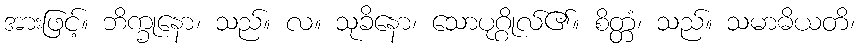
အားဖြင့်။ ဘိက္ခုနော၊ သည်။ လ။ သုခိနော၊ သောပုဂ္ဂိုလ်၏။ စိတ္တံ၊ သည်။ သမာဓိယတိ၊